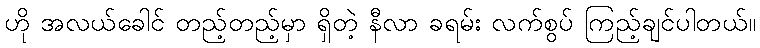
ဟို အလယ်ခေါင် တည့်တည့်မှာ ရှိတဲ့ နီလာ ခရမ်း လက်စွပ် ကြည့်ချင်ပါတယ်။